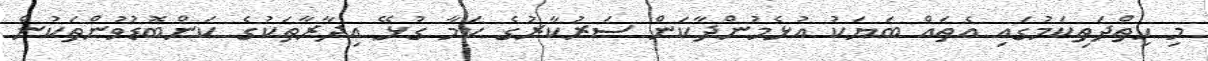
މި ހިތްދަތިކަމުގައި އެތައް ބަޔަކު އުޅެމުންދާކަން ސަރުކާރުގެ ކަމާ ގުޅޭ އިދާރާތަކުގެ ކަންބޮޑުވުންތަކުން